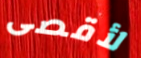
لأقصى